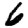
Digit: 6